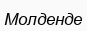
Молденде